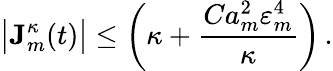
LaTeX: \bigl|\mathbf{J}_{m}^{\kappa}(t)\bigr|\leq\biggl(\kappa+\frac{Ca_{m}^{2}\varepsilon_{m}^{4}}{\kappa}\biggr)\, .